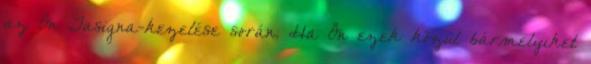
az Ön Tasigna-kezelése során. Ha Ön ezek közül bármelyiket